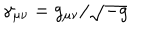
\gamma _ { \mu \nu } = g _ { \mu \nu } / \sqrt { - g }